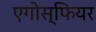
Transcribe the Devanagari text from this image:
एगोस्फियर